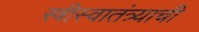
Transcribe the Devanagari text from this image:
स्त्रीस्वातंत्र्याची